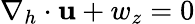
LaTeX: \nabla_{h}\cdot{\mathbf u}+w_{z}=0